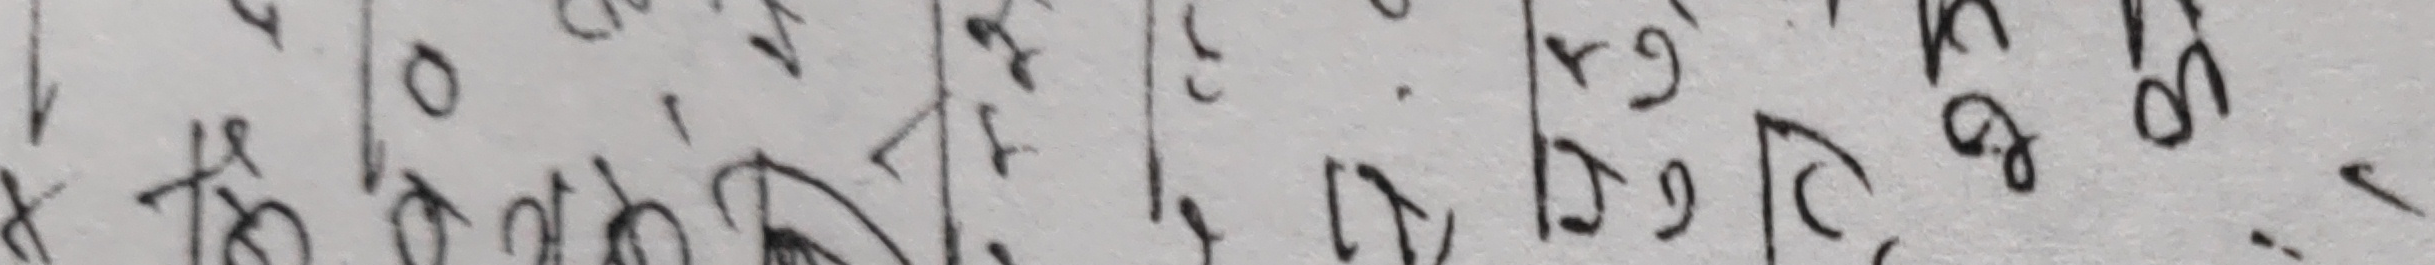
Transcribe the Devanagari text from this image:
१ ० १ ३ ९ ९ ९ ९
x कोर त प्र ड ९२ ९९ -